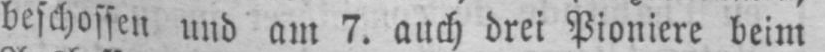
beschossen und am 7. auch drei Pioniere beim